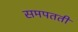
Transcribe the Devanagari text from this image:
समपतती